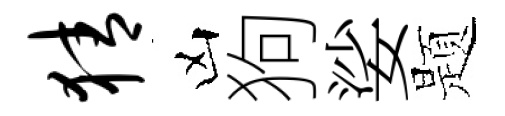
猜凶狗娑题